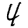
Digit: 4